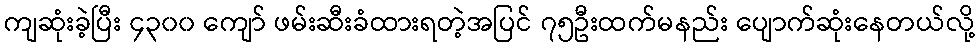
ကျဆုံးခဲ့ပြီး ၄၃၀၀ ကျော် ဖမ်းဆီးခံထားရတဲ့အပြင် ၇၅ဦးထက်မနည်း ပျောက်ဆုံးနေတယ်လို့